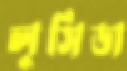
লুসিডা